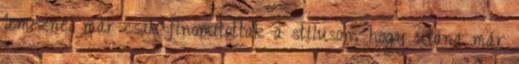
lemeznél már csak finomítottak a stíluson, hogy utána már